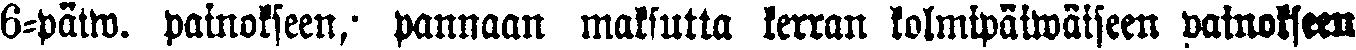
6-päiw. painokseen;  pannaan maksutta kerran kolmipäiwäiseen painokseen